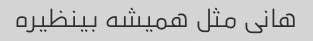
هانی مثل همیشه بینظیره